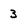
Character: 3